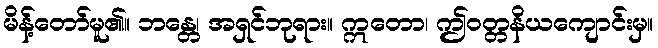
မိန့်တော်မူ၏။ ဘန္တေ၊ အရှင်ဘုရား။ ဣတော၊ ဤဝတ္တနိယကျောင်းမှ။